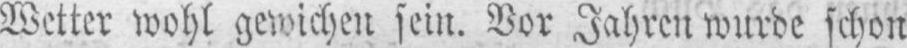
Wetter wohl gewichen sein. Vor Jahren wurde schon